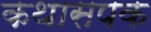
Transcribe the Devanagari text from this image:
कथासपक